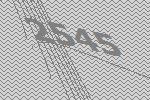
2545